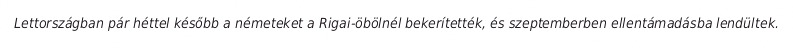
Lettországban pár héttel később a németeket a Rigai-öbölnél bekerítették, és szeptemberben ellentámadásba lendültek.